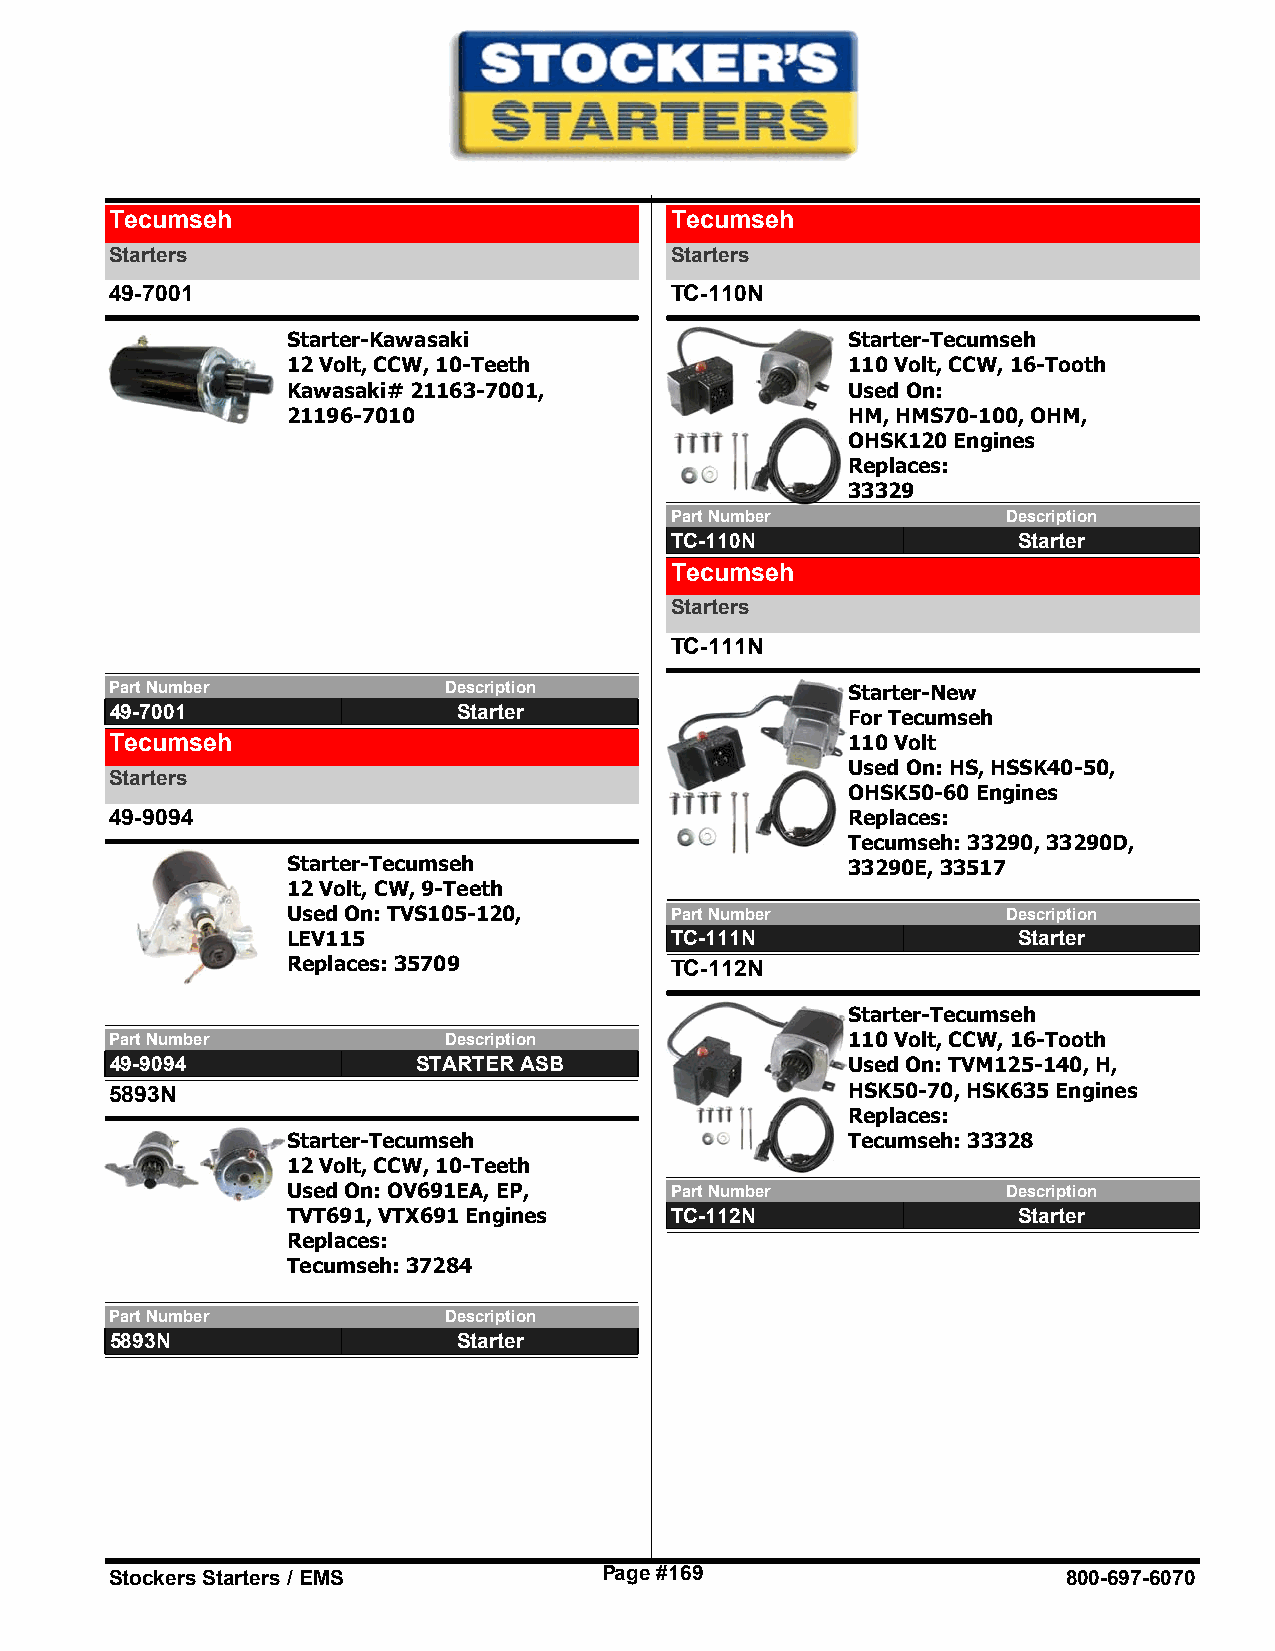
Tecumseh                             Tecumseh
 Starters                             Starters
 49-7001                              TC-110N
 Starter-Kawasaki                     Starter-Tecumseh
 12 Volt, CCW, 10-Teeth               110 Volt, CCW, 16-Tooth
 Kawasaki# 21163-7001,                Used On:
 21196-7010                           HM, HMS70-100, OHM,
 OHSK120 Engines
 Replaces:
 33329
 Part Number            Description
 TC-110N                Starter
 Tecumseh
 Starters
 TC-111N
 Part Number           Description                Starter-New
 49-7001                Starter                   For Tecumseh
 Tecumseh                                         110 Volt
 Used On: HS, HSSK40-50,
 Starters
 OHSK50-60 Engines
 49-9094                                          Replaces:
 Tecumseh: 33290, 33290D,
 Starter-Tecumseh                     33290E, 33517
 12 Volt, CW, 9-Teeth
 Used On: TVS105-120,     Part Number            Description
 LEV115                   TC-111N                Starter
 Replaces: 35709          TC-112N
 Starter-Tecumseh
 Part Number           Description                110 Volt, CCW, 16-Tooth
 49-9094              STARTER ASB                 Used On: TVM125-140, H,
 5893N                                            HSK50-70, HSK635 Engines
 Replaces:
 Starter-Tecumseh                     Tecumseh: 33328
 12 Volt, CCW, 10-Teeth
 Used On: OV691EA, EP,    Part Number            Description
 TVT691, VTX691 Engines   TC-112N                Starter
 Replaces:
 Tecumseh: 37284
 Part Number           Description
 5893N                  Starter
 Stockers Starters / EMS          Page #169                      800-697-6070